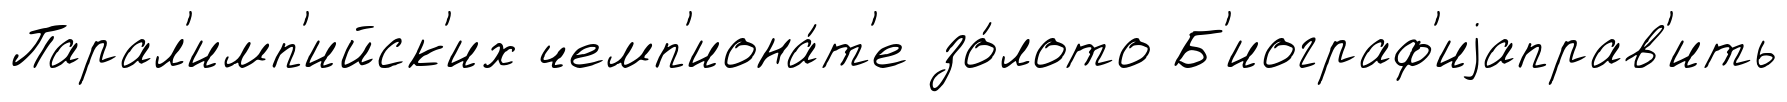
Парал'имп'ийск'их чемп'иона́т'е зо́лото Б'иограф'иjаправ'ить